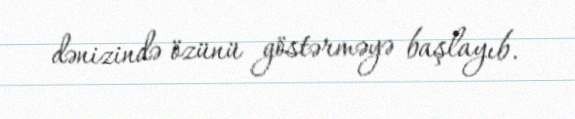
dənizində özünü göstərməyə başlayıb.